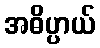
အဓိပ္ပာယ်